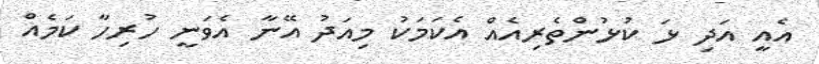
އެއީ އަދި ޅަ ކުޅުންތެރިއެއް އެކަމަކު މިއަދު އޭނާ އެވަނީ ހުރިހާ ކަމެއް